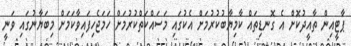
ޕާޓީއިން ތާއީދުކޮށް އެ ގޮނޑިތައް ކާމިޔާބުކުރުމަށް އެކުގައި މަސައްކަތްކުރުމަށް ހަމަޖެހިފައިވާކަމަށް މިބަޔާނުގައި ވަނީ